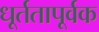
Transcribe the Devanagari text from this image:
धूर्ततापूर्वक